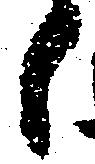
候